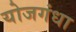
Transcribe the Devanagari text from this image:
योजगंधा